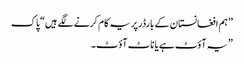
” ہم افغانستان کے بارڈر پر یہ کام کرنے لگے ہیں“ پاک
” یہ آؤٹ ہے یا ناٹ آؤٹ۔